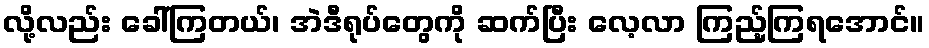
လို့လည်း ခေါ်ကြတယ်၊ အဲဒီရုပ်တွေကို ဆက်ပြီး လေ့လာ ကြည့်ကြရအောင်။